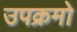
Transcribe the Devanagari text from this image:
उपक्रमो